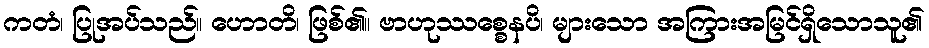
ကတံ၊ ပြုအပ်သည်။ ဟောတိ၊ ဖြစ်၏။ ဗာဟုဿစ္စေနပိ၊ များသော အကြားအမြင်ရှိသောသူ၏